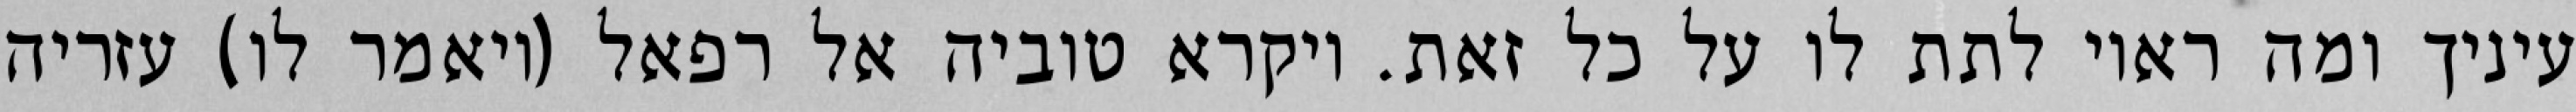
עיניך ומה ראוי לתת לו על כל זאת. ויקרא טוביה אל רפאל (ויאמר לו) עזריה